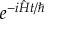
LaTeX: e ^ { - i { \hat { H } } t / \hbar }